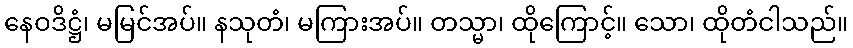
နေဝဒိဋ္ဌံ၊ မမြင်အပ်။ နသုတံ၊ မကြားအပ်။ တသ္မာ၊ ထိုကြောင့်။ သော၊ ထိုတံငါသည်။